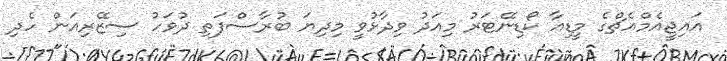
އައިޖީއެމްއެޗްގެ މީޑިއާ ކޯޑިނޭޓަރު މިއަދު ވިދާޅުވީ މިދިޔަ ބުރާސްފަތި ދުވަހު ސިޒޭރިއަން ހެދި